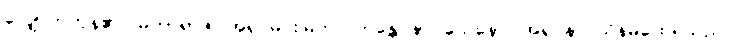
လျှောက်ကုန်၏။ မဟာရာဇ၊ အရှင်မင်းမြတ်။ ဘန္တေ နာဂသေနော၊ အရှင်နာဂသိန်မထေရ်သည်။